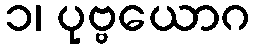
၁၊ ပုဗ္ဗယောဂ